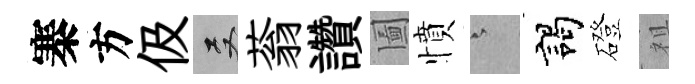
寨方伋双蓊讚圗憤澹謁磴祖